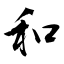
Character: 和